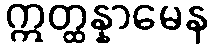
ဣတ္ထန္နာမေန